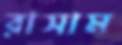
রাসাম